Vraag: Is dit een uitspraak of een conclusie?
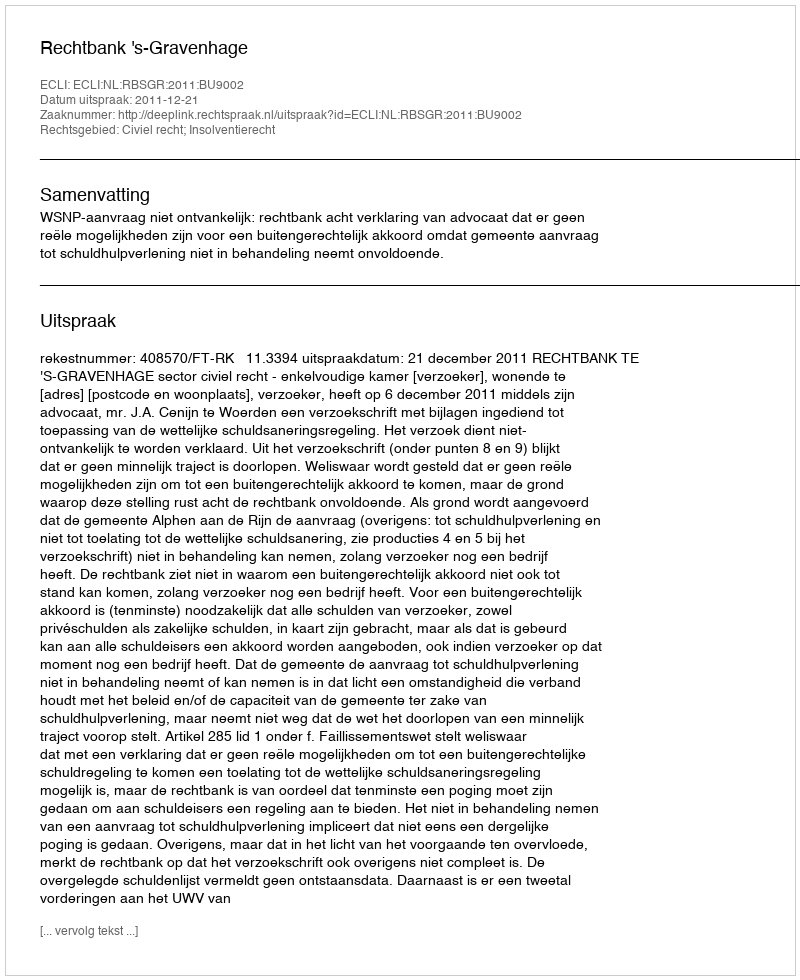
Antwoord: Uitspraak